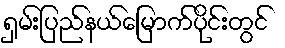
ရှမ်းပြည်နယ်မြောက်ပိုင်းတွင်